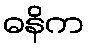
ဓနိက